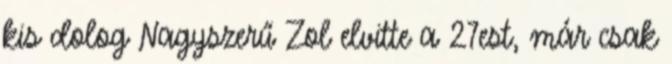
kis dolog Nagyszerű Zol elvitte a 27est, már csak